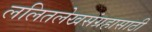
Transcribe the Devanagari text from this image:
ललितलेखसंग्रहासाठी